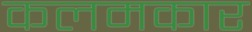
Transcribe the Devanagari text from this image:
कलमकार